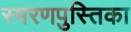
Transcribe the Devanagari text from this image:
स्मरणपुस्तिका